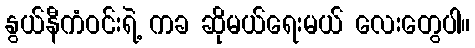
နွယ်နီကံဝင်းရဲ့ ကခ ဆိုမယ်ရေးမယ် လေးတွေပါ။